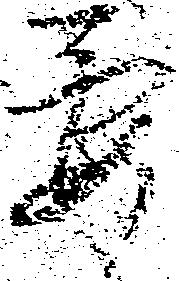
要